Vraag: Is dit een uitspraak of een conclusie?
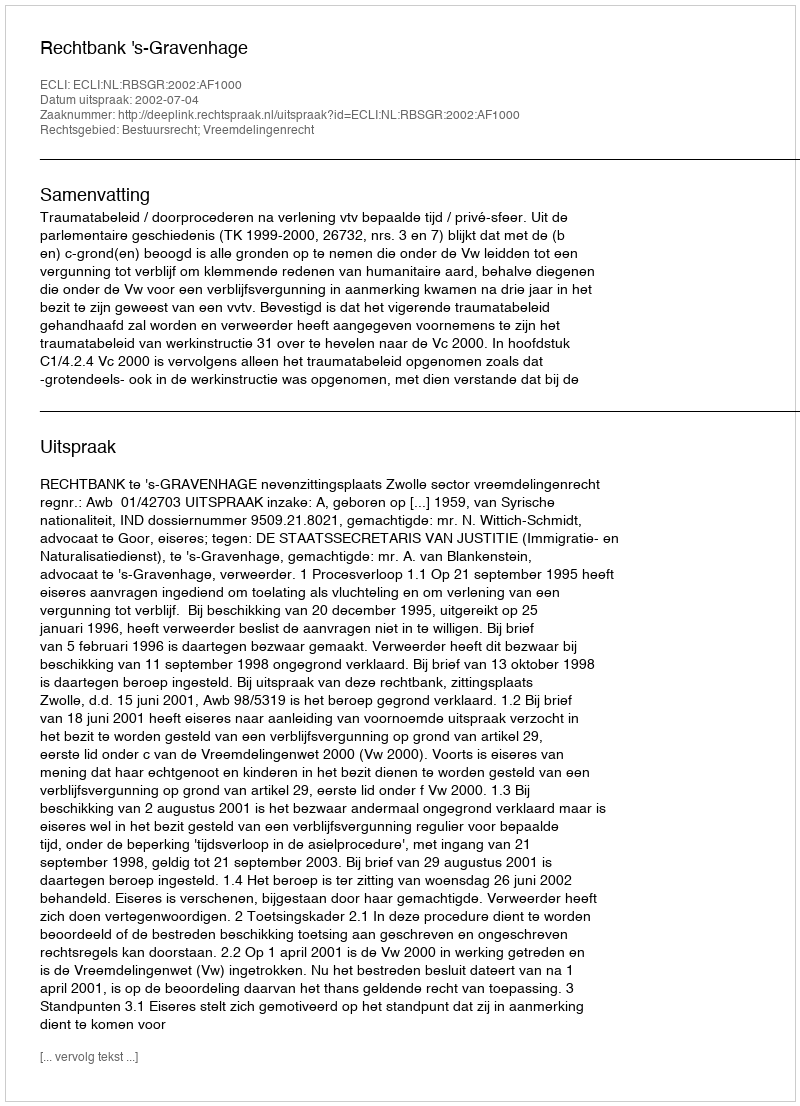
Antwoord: Uitspraak